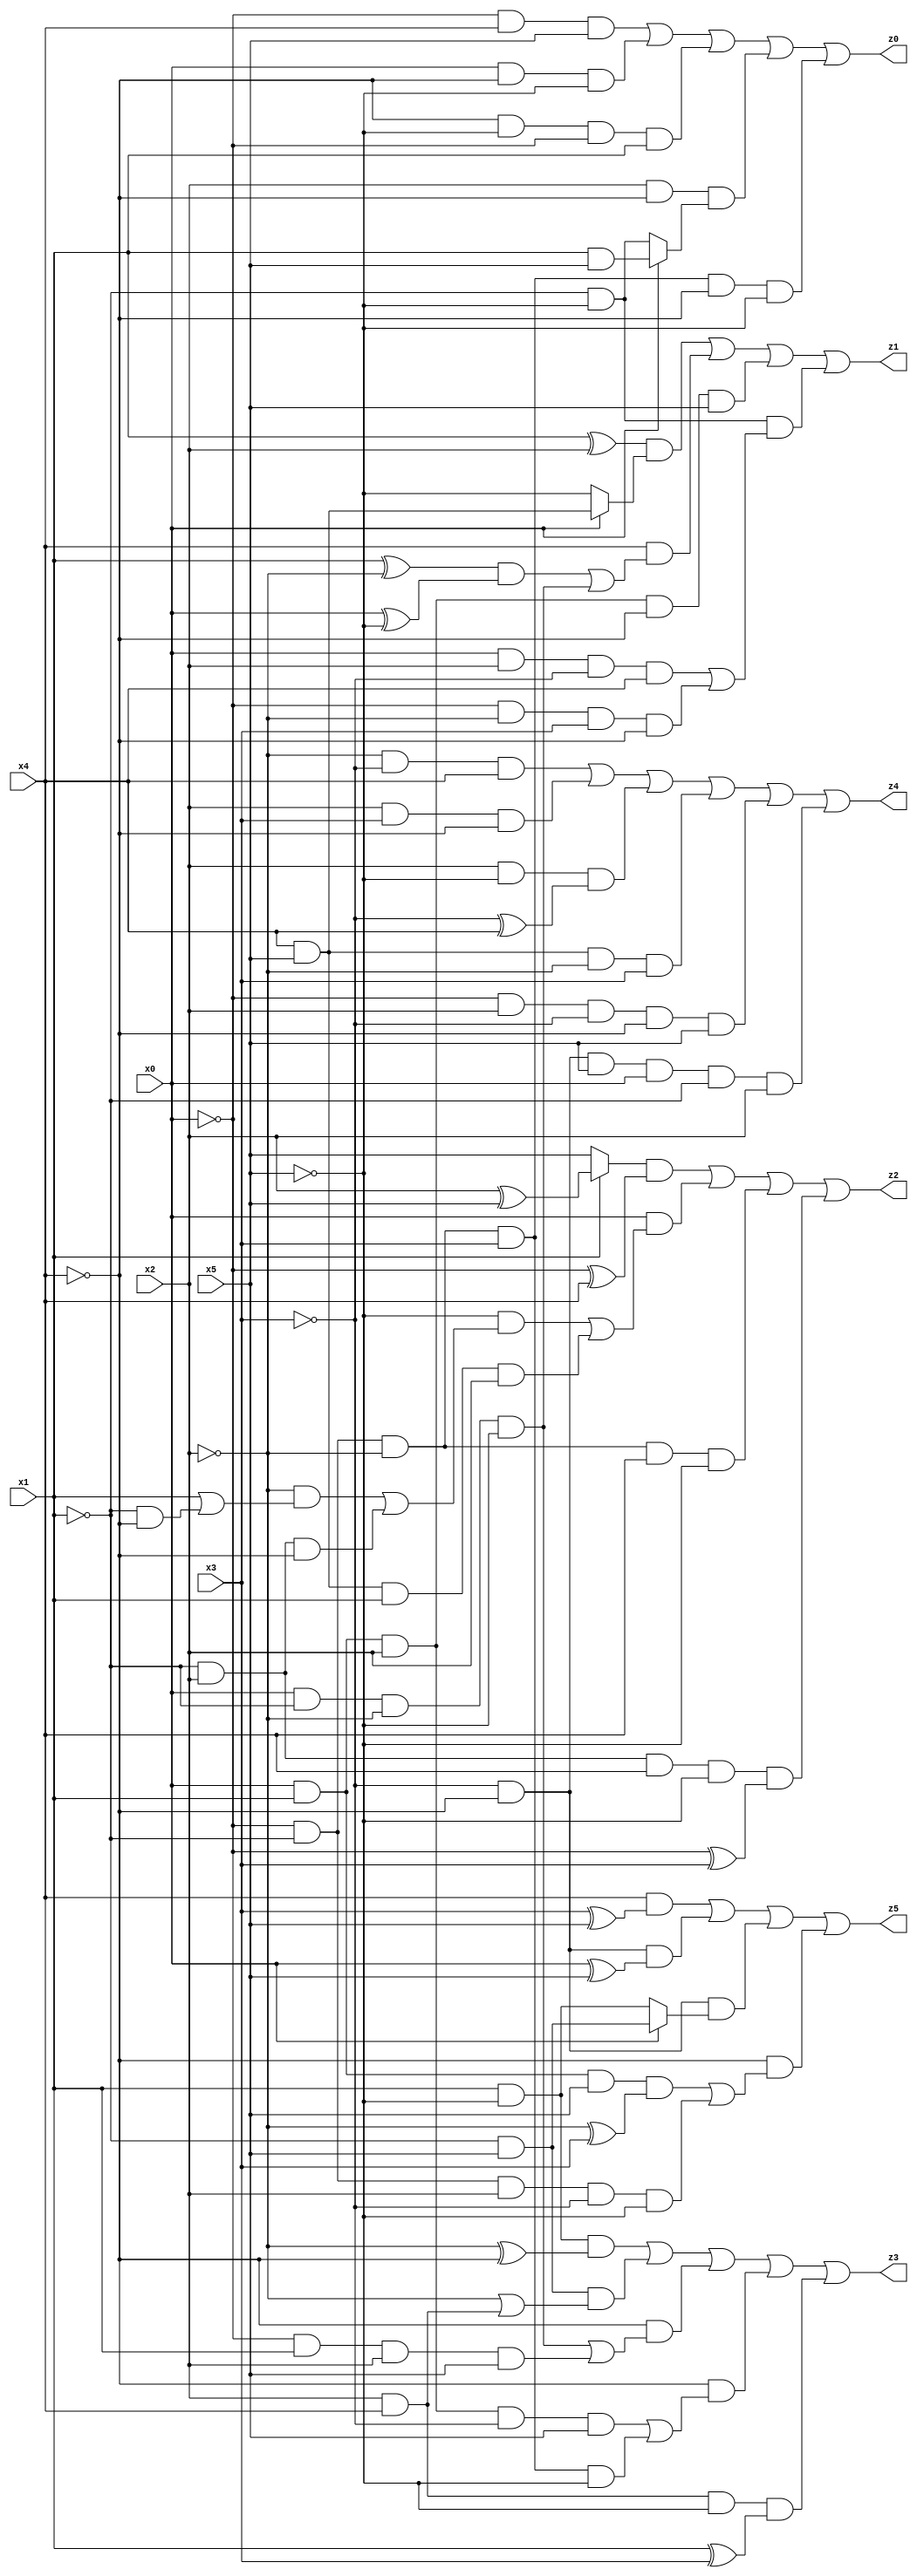
// Benchmark "X_57" written by ABC on Wed Jun 07 23:40:19 2023

module X_57 ( 
    x0, x1, x2, x3, x4, x5,
    z0, z1, z2, z3, z4, z5  );
  input  x0, x1, x2, x3, x4, x5;
  output z0, z1, z2, z3, z4, z5;
  assign z0 = (~x0 & x4 & x5) | (x0 & ~x4 & ~x5) | (~x4 & ~x5 & ~x0 & x1) | (x2 & ~x4 & (x0 ? (x1 & x5) : (~x1 & ~x5))) | (~x0 & ~x1 & ~x2 & x3 & ~x4 & ~x5);
  assign z1 = ((x1 ^ x2) & (x0 ? (x4 & x5) : ~x5)) | (x4 & (((x1 ^ ~x2) & (x0 ^ ~x5)) | (x0 & ~x1 & ~x2 & ~x5))) | (x0 & x1 & x2 & ~x4 & x5) | (~x1 & ~x5 & ((x0 & x2 & ~x3 & x4) | (~x0 & ~x2 & x3 & ~x4)));
  assign z2 = ((x1 ? (x2 ^ x5) : x5) & (~x0 ^ x4)) | (x0 & ((~x5 & ((~x2 & (x1 | (~x1 & ~x4))) | (~x1 & x2 & ~x4))) | (x4 & x5 & x1 & x2))) | (~x0 & ~x1 & ~x2 & x4 & ~x5) | (~x1 & x2 & x4 & ~x5 & (~x0 ^ x3));
  assign z3 = (x1 & ~x5 & (~x2 ^ ~x4)) | (~x1 & x5 & (~x2 | (x2 & x4))) | (~x4 & ((x0 & ~x1 & ~x2 & ~x5) | (~x0 & x1 & x2 & x5))) | (~x4 & ((x0 & x1 & x2 & ~x3 & x5) | (~x0 & ~x1 & ~x2 & x3 & ~x5))) | (x2 & x4 & ~x5 & (x1 ^ x3));
  assign z4 = (~x2 & ~x3 & x4) | (x2 & x3 & ~x4) | (x2 & ~x5 & (~x3 ^ x4)) | (x4 & x5 & ~x2 & x3) | (~x0 & x2 & ~x3 & ~x4 & x5) | (~x3 & ~x4 & x5 & x0 & ~x1 & x2);
  assign z5 = (x4 & (x3 ^ x5)) | (~x3 & ~x4 & (x0 ^ x5)) | (~x3 & ~x4 & (x0 ? (~x1 & x5) : (x1 & ~x5))) | (~x4 & ((x0 & x1 & x5 & (~x2 ^ x3)) | (~x0 & ~x1 & x2 & ~x3 & ~x5)));
endmodule